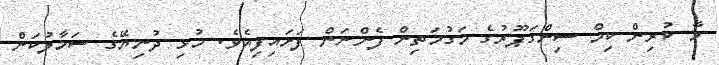
މާ ކުރިން ކިމް ސިންގަޕޫރުގެ މަގުމަތިން ފެންނަން ފަށައިފިއެވެ. މުޅި ދުނިޔޭގެ ސަމާލުކަން